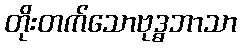
တိုးတက်သောဗုဒ္ဓဘာသာ